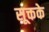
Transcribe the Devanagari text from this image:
सूक्तके